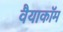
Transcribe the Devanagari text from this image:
वैयाकॉम